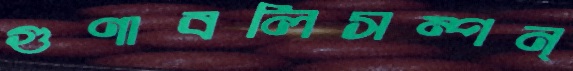
গুণাবলিসম্পন্